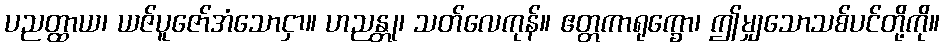
ပညတ္ထာယ၊ ယဇ်ပူဇော်အံသောငှာ။ ဟညန္တု၊ သတ်လေကုန်။ ဧတ္တကာရုက္ခော၊ ဤမျှသောသစ်ပင်တို့ကို။